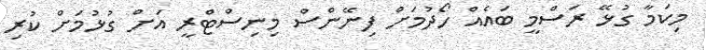
މިކަމާ ގުޅޭ ރަސްމީ ބައެއް ހޯދުމަށް ފިނޭންސް މިނިސްޓްރީ އަށް ގުޅުމަށް ކުރި